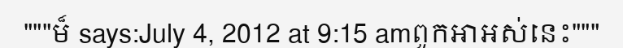
"""ម៏ says:July 4, 2012 at 9:15 amពួកអាអស់នេះ"""